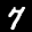
Digit: 7